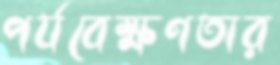
পর্যবেক্ষণতার